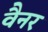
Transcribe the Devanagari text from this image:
वैनर